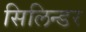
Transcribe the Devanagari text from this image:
सिलिन्डर